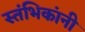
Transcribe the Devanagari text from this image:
स्तंभिकांनी